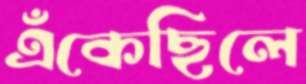
এঁকেছিলে